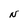
Character: N